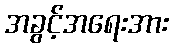
အခွင့်အရေးအား